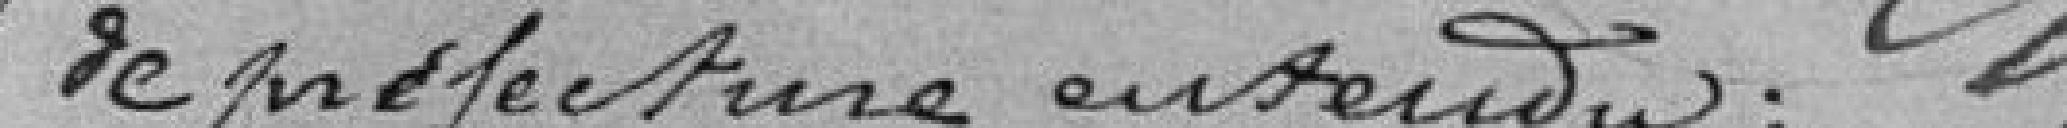
de préfecture entendu